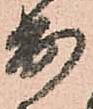
出